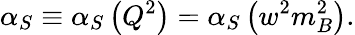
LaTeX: \alpha_{S}\equiv\alpha_{S}\left(Q^{2}\right)=\alpha_{S}\left(w^{2}m_{B}^{2}\right).